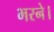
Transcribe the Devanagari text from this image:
भरने।